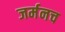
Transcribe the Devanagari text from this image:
जर्मनच